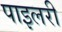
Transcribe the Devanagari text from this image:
पाइलरी